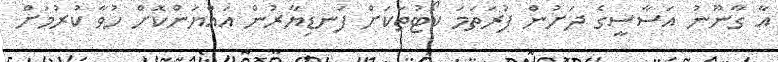
އާ ގާނޫނު އަސާސީގެ ދަށުން ފުރަތަމަ ކޯޓުތަކަށް ފަނޑިޔާރުން އައްޔަންކޮށް ހުވާ ކުރުމަށް